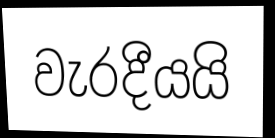
වැරදීයයි